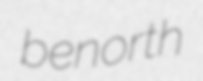
benorth